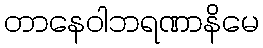
တာနေဝါဘရဏာနိမေ